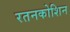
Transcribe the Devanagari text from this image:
रतनकोशिन